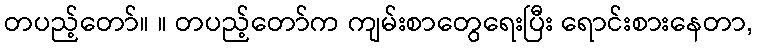
တပည့်တော်။ ။ တပည့်တော်က ကျမ်းစာတွေရေးပြီး ရောင်းစားနေတာ,